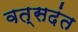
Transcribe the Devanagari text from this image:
वत्सदंत